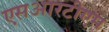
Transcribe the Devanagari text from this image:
एसआरटीएम